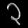
Digit: ၃